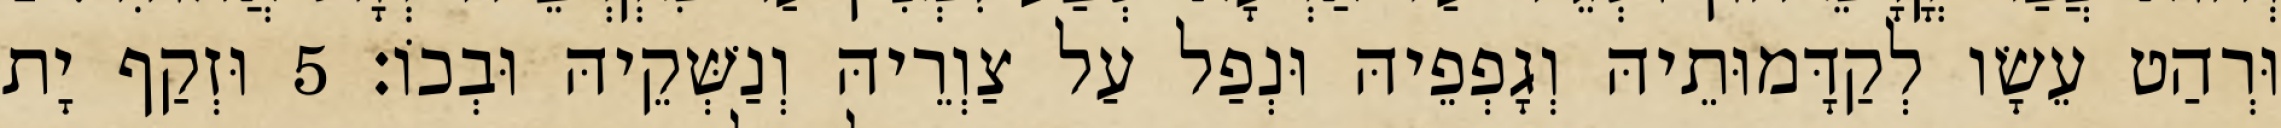
וּרְהַט עֵשָׂו לְקַדָּמוּתֵיהּ וְגָפְפֵיהּ וּנְפַל עַל צַוְרֵיהּ וְנַשְּׁקֵיהּ וּבְכוֹ׃ 5 וּזְקַף יָת